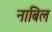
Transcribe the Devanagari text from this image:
नाबिल